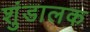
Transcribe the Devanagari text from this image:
शुंडालक